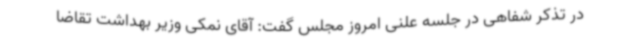
در تذکر شفاهی در جلسه علنی امروز مجلس گفت: آقای نمکی وزیر بهداشت تقاضا